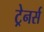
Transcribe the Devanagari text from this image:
ट्रेनर्स